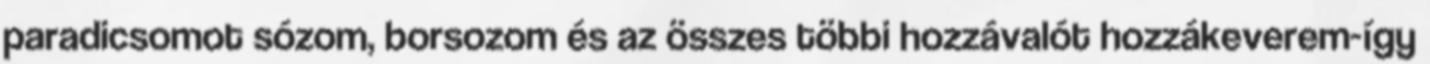
paradicsomot sózom, borsozom és az összes többi hozzávalót hozzákeverem-így